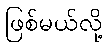
ဖြစ်မယ်လို့